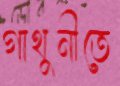
গাথুনীতে